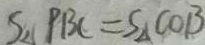
S _ { \Delta } P B C = S _ { \Delta } C O B